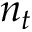
n _ { t }